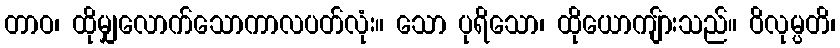
တာဝ၊ ထိုမျှလောက်သောကာလပတ်လုံး။ သော ပုရိသော၊ ထိုယောကျ်ားသည်။ ဝိလုမ္ပတိ၊